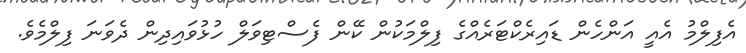
އެފިލްމު އެއީ އަންހެން ޑައިރެކްޓަރެއްގެ ފިލްމަކުން ކޭން ފެސްޓިވަލް ހުޅުވައިދިން ދެވަަނަ ފިލްމެވެ.